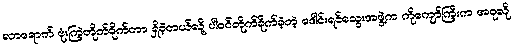
လာရောက် ဗုံးကြဲတိုက်ခိုက်တာ ရှိခဲ့တယ်လို့ ပါဝင်တိုက်ခိုက်ခဲ့တဲ့ ဒေါင်းရင်သွေးအဖွဲ့က ကိုကျော်ကြီးက အခုလို